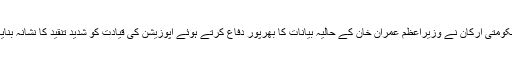
حکومتی ارکان نے وزیراعظم عمران خان کے حالیہ بیانات کا بھرپور دفاع کرتے ہوئے اپوزیشن کی قیادت کو شدید تنقید کا نشانہ بنایا ۔